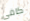
كافى